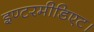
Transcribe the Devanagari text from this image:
इण्टरमीडिएट।